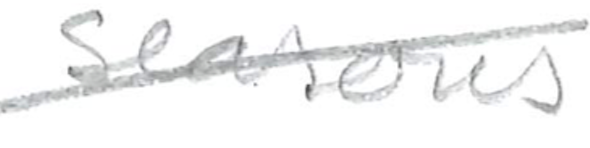
Text: seasons
Cross-out: diagonal
Writing tool: pencil